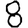
Digit: 8